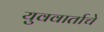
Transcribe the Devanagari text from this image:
युववार्ताचे